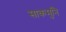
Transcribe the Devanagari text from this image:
साकमुनि